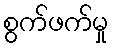
စွက်ဖက်မှု